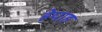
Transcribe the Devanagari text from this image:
हेपाह